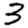
Digit: 3